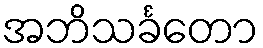
အဘိသင်္ခတော